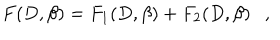
F ( D , \beta ) = F _ { 1 } ( D , \beta ) + F _ { 2 } ( D , \beta ) ,